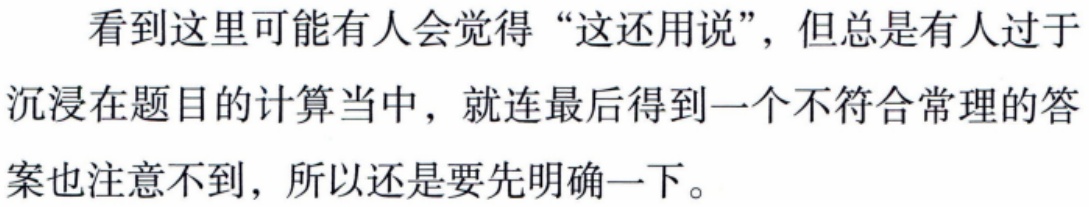
看到这里可能有人会觉得“这还用说”，但总是有人过于沉浸在题目的计算当中，就连最后得到一个不符合常理的答案也注意不到，所以还是要先明确一下。